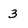
Character: 3